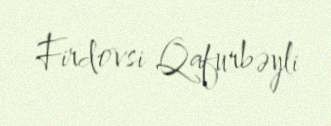
Firdovsi Qafurbəyli